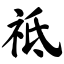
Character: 祗